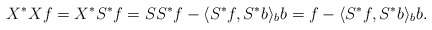
\begin{align*}X^{*} X f = X^{*} S^{*} f = S S^{*} f - \langle S^{*} f, S^{*} b\rangle_{b} b= f - \langle S^{*} f, S^{*} b\rangle_b b.\end{align*}